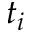
t _ { i }